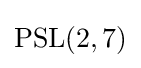
\mathrm {PSL} (2,7)